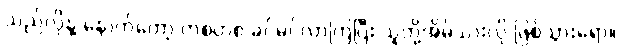
သည်လိုနဲ့ နောက်တော့ တစတစ ခင်မင်လာကြပြီး သူတို့အိမ်သားလို ဖြစ်သွားရော။